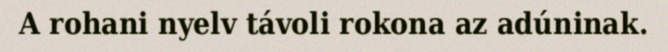
A rohani nyelv távoli rokona az adúninak.